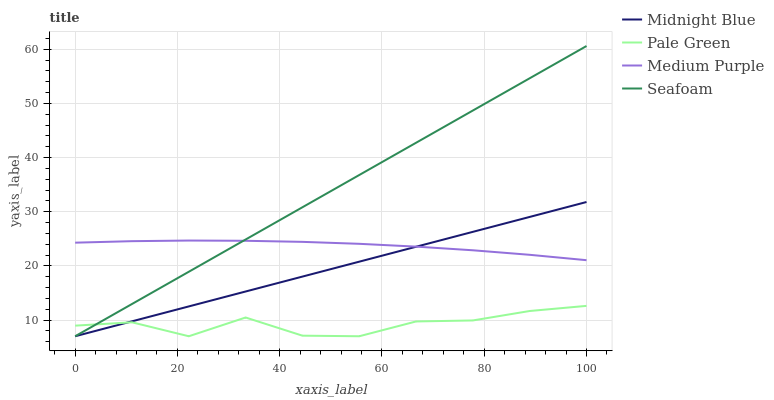
| xaxis_label | Midnight Blue | Pale Green | Medium Purple | Seafoam |
 | --- | --- | --- | --- | --- |
 | 0 | 7 | 8.96 | 24.3 | 7 |
 | 11.1 | 9.75 | 9.58 | 24.6 | 13 |
 | 22.2 | 12.5 | 7 | 24.7 | 18.9 |
 | 33.3 | 15.3 | 10.5 | 24.6 | 24.9 |
 | 44.4 | 18 | 7.11 | 24.4 | 30.8 |
 | 55.6 | 20.8 | 7 | 24.1 | 36.8 |
 | 66.7 | 23.5 | 9.73 | 23.5 | 42.7 |
 | 77.8 | 26.3 | 9.92 | 22.9 | 48.7 |
 | 88.9 | 29 | 11.7 | 22 | 54.6 |
 | 100 | 31.8 | 12.6 | 21 | 60.6 |